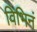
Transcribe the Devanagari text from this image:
विभिनं